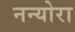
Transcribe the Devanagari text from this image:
नन्योरा